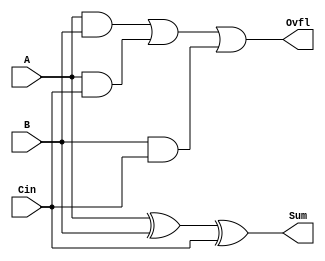
module full_adder_1bit(Sum, Ovfl, A, B, Cin);

////////////////////////////////////////////////|
// 1 bit full adder implementation with overflow|
// By: Parker Schroeder                         |
////////////////////////////////////////////////|

input wire A,B;     // Input values
input wire Cin;     // Carry in value
output wire Sum;    // sum output
output wire Ovfl;   // to indicate overflow

assign Sum = (A ^ B) ^ Cin;
assign Ovfl = ((A & B) | (A & Cin)) | (B & Cin);

endmodule